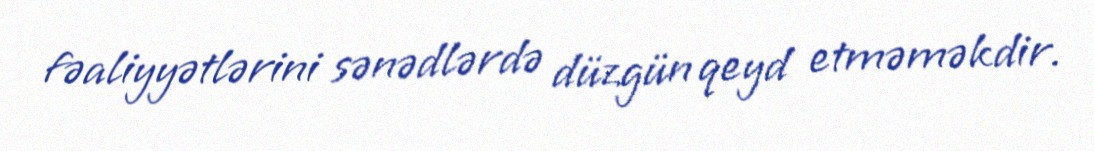
fəaliyyətlərini sənədlərdə düzgün qeyd etməməkdir.